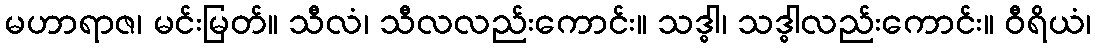
မဟာရာဇ၊ မင်းမြတ်။ သီလံ၊ သီလလည်းကောင်း။ သဒ္ဓါ၊ သဒ္ဓါလည်းကောင်း။ ဝီရိယံ၊